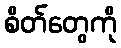
စိတ်တွေကို